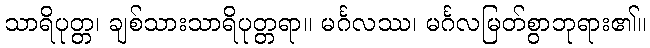
သာရိပုတ္တ၊ ချစ်သားသာရိပုတ္တရာ။ မင်္ဂလဿ၊ မင်္ဂလမြတ်စွာဘုရား၏။